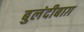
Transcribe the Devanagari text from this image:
बुलंदीबाग़